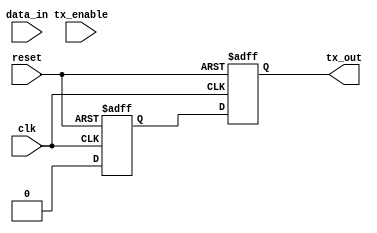
module uart_transmitter (
    input wire clk, // System clock
    input wire reset, // Reset signal
    
    input wire [7:0] data_in, // Input data to be transmitted
    input wire tx_enable, // Transmit enable signal
    
    output reg tx_out // Output transmitted data
);

// Data Buffer
reg [7:0] data_buffer;

// Baud Rate Generator (Assuming a fixed baud rate of 9600)
parameter BAUD_RATE = 9600;
reg [11:0] baud_counter;
always @ (posedge clk or posedge reset) begin
    if (reset) begin
        baud_counter <= 0;
    end else if (baud_counter == (BAUD_RATE - 1)) begin
        baud_counter <= 0;
    end else begin
        baud_counter <= baud_counter + 1;
    end
end

// Data Serializer
reg [7:0] shift_reg;
always @ (posedge clk or posedge reset) begin
    if (reset) begin
        shift_reg <= 0;
    end else if (baud_counter == (BAUD_RATE - 1)) begin
        shift_reg <= {1'b0, data_buffer, 1'b1}; // Add start and stop bits
    end else begin
        shift_reg <= {shift_reg[6:0], 1'b0};
    end
end

// Start Bit Generator
reg start_bit;
always @ (posedge clk or posedge reset) begin
    if (reset) begin
        start_bit <= 1'b1;
    end else if (baud_counter == 0) begin
        start_bit <= 1'b0;
    end else begin
        start_bit <= 1'b1;
    end
end

// Control Logic
always @ (posedge clk or posedge reset) begin
    if (reset) begin
        data_buffer <= 8'b0;
    end else if (tx_enable) begin
        data_buffer <= data_in;
    end
end

// Output data
always @ (posedge clk or posedge reset) begin
    if (reset) begin
        tx_out <= 1'b1;
    end else if (baud_counter == (BAUD_RATE - 1)) begin
        tx_out <= start_bit;
    end else begin
        tx_out <= shift_reg[0];
    end
end

endmodule